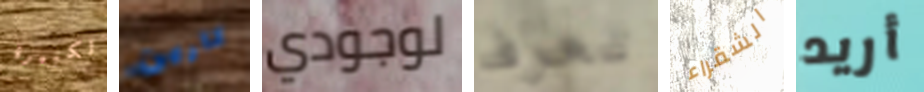
الكبيرة كارين لوجودي تعرف الشقراء أريد